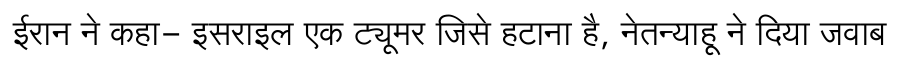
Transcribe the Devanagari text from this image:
ईरान ने कहा- इसराइल एक ट्यूमर जिसे हटाना है, नेतन्याहू ने दिया जवाब